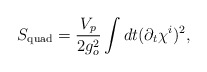
\begin{align*}S_{\mathrm{quad}}=\frac{V_p}{2g_o^2}\int dt(\partial_t\chi^i)^2, \end{align*}